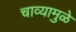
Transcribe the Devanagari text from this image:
चाव्यामुळे